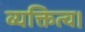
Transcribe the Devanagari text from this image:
व्यक्तित्व।